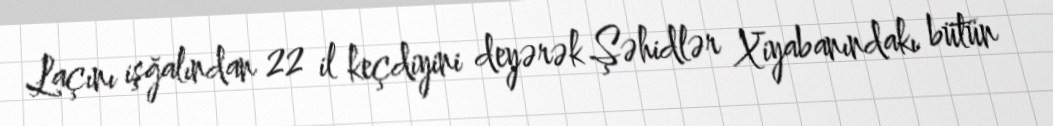
Laçını işğalından 22 il keçdiyini deyərək Şəhidlər Xiyabanındakı bütün